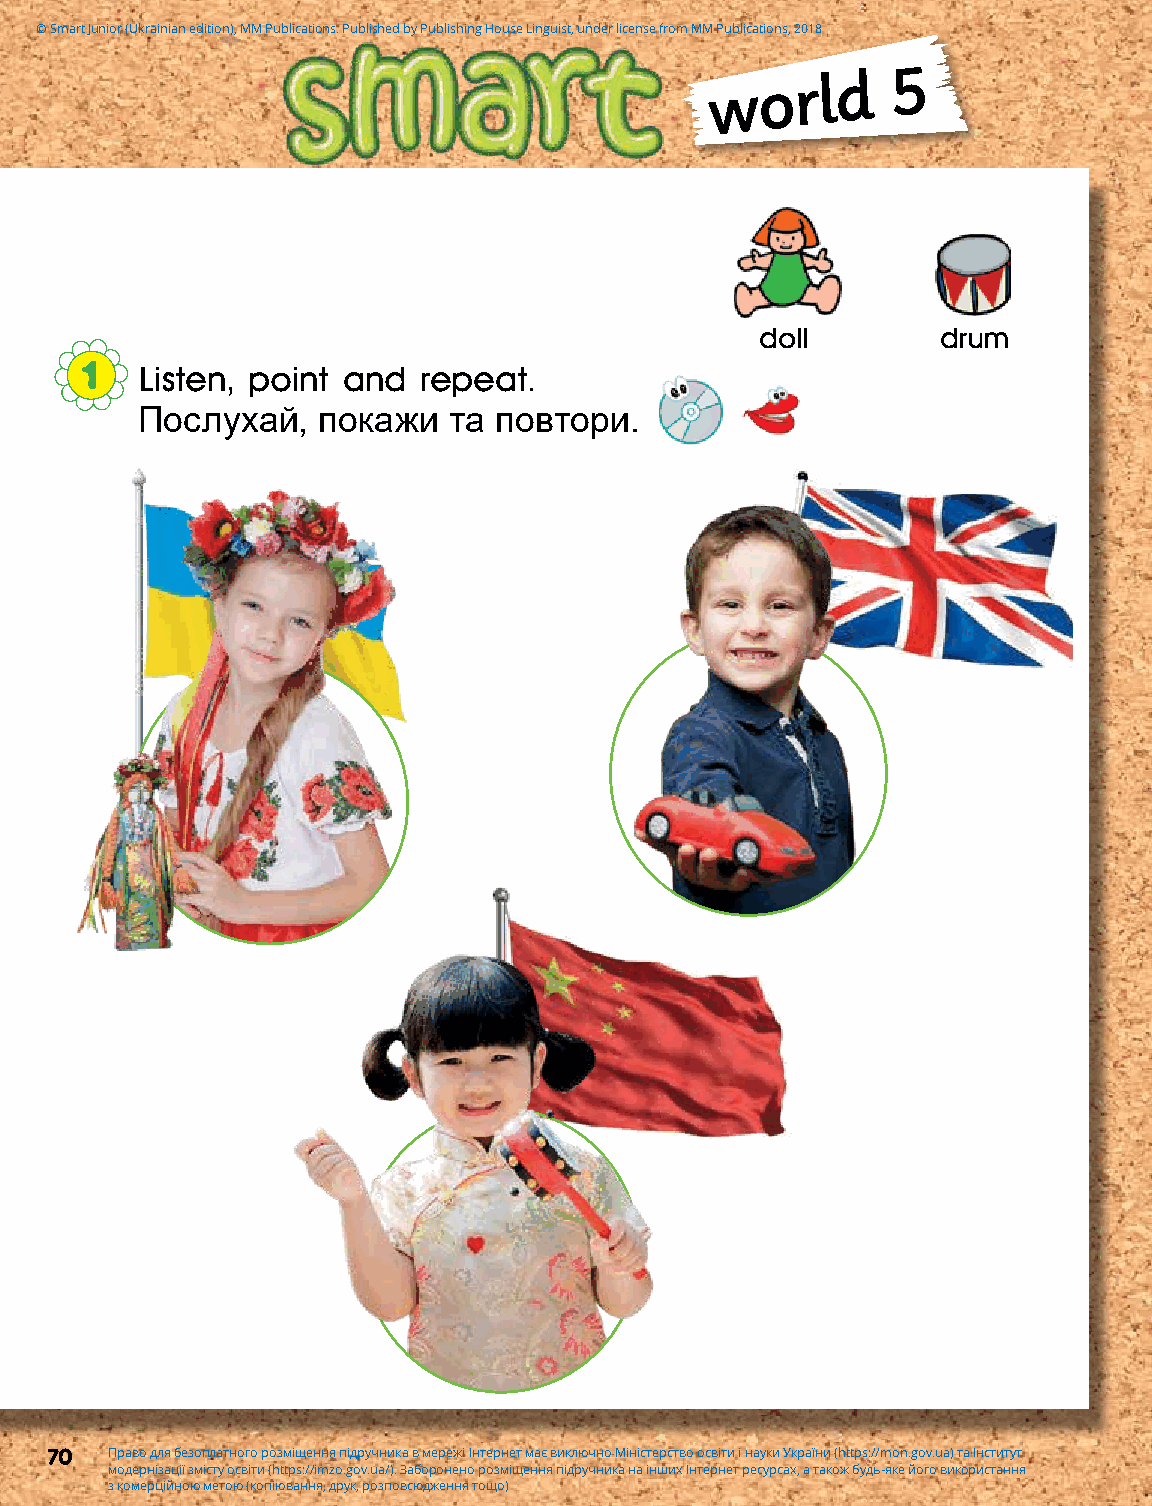
© Smart Junior (Ukrainian edition), MM Publications. Published by Publishing House Linguist, under license from MM Publications, 2018
 world       5
 doll        drum
 1   Listen, point and  repeat.
 Послухай,   покажи   та повтори.
 70  Право для безоплатного розміщення підручника в мережі Інтернет має виключно Міністерство освіти і науки України (https://mon.gov.ua) та Інститут
 модернізації змісту освіти (https://imzo.gov.ua/). Заборонено розміщення підручника на інших Інтернет ресурсах, а також будь-яке його використання
 з комерційною метою (копіювання, друк, розповсюдження тощо)